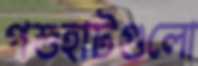
পশুহাটগুলো